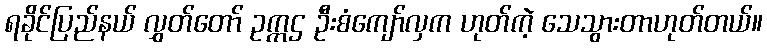
ရခိုင်ပြည်နယ် လွှတ်တော် ဥက္ကဌ ဦးစံကျော်လှက ဟုတ်ကဲ့ သေသွားတာဟုတ်တယ်။